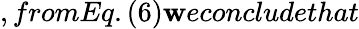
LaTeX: ,fromEq.(6)\mathbf{w}econcludethat